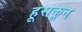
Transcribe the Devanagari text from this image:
हूसकून